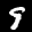
Label: 9